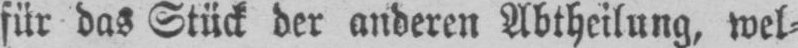
für das Stück der anderen Abtheilung wel⸗